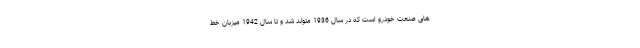
های صنعت خودرو است که در سال 1936 متولد شد و تا سال 1942 میزبان خط